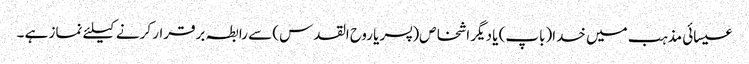
عیسائی مذہب میں خدا(باپ) یا دیگر اشخاص(پسر یا روح القدس) سے رابطہ برقرار کرنے کیلئے نماز ہے ۔